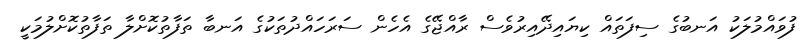
ފުވައްމުލަކު އަނބުގެ ސިފަތައް ކިޔައިދޭއިރުވެސް ރާއްޖޭގެ އެހެން ސަރަހައްދުތަކުގެ އަނބާ ތަފާތުކޮށްލާ ތަފާތުކޮށްލުމަކީ